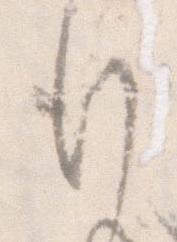
行